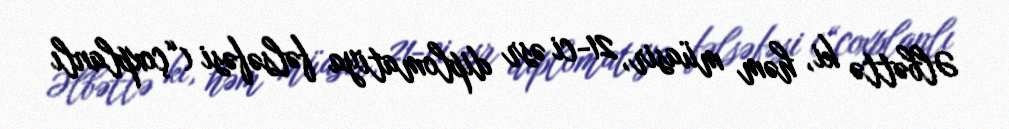
Əlbəttə ki, həm müasir, 21-ci əsr diplomatiya fəlsəfəsi (“çoxplanlı